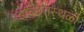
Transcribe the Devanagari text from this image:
इच्छितस्थळी